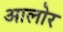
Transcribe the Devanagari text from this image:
आलोर